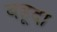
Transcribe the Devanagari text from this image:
बहूदा